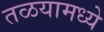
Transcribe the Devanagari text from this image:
तळयामध्ये